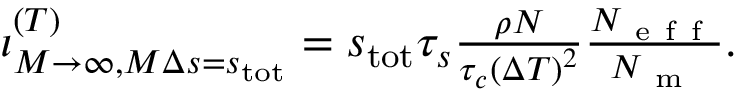
\begin{array} { r } { \iota _ { M \rightarrow \infty , M \Delta s = s _ { \mathrm { t o t } } } ^ { ( T ) } = s _ { \mathrm { t o t } } \tau _ { s } \frac { \rho N } { \tau _ { c } \left( \Delta T \right) ^ { 2 } } \frac { N _ { \mathrm { ~ e ~ f ~ f ~ } } } { N _ { \mathrm { ~ m ~ } } } . } \end{array}